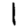
Digit: 1